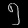
Digit: ၅